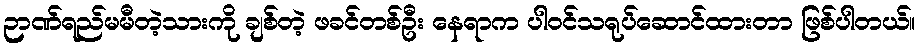
ဉာဏ်ရည်မမီတဲ့သားကို ချစ်တဲ့ ဖခင်တစ်ဦး နေရာက ပါဝင်သရုပ်ဆောင်ထားတာ ဖြစ်ပါတယ်။